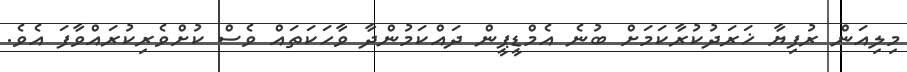
މިލިއަން ރުފިޔާ ޚަރަދުކުރާކަމަށް ބުނެ އެމްޑީޕީން ދައްކަމުންދާ ވާހަކަތައް ވެސް ކުށްވެރިކުރައްވާފަ އެވެ.